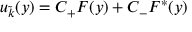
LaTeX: u _ { \tilde { k } } ( y ) = C _ { + } F ( y ) + C _ { - } F ^ { * } ( y )